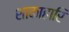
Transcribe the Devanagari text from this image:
शाकाहारि